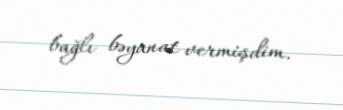
bağlı bəyanat vermişdim.